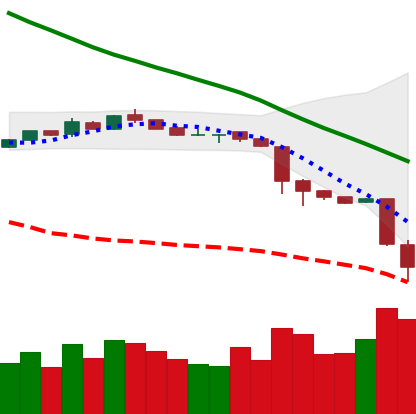
Ticker: NEO-USD
Chart end date: 2018-11-20
Forward return: -13.88%
Label: down_7plus